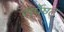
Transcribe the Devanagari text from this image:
सर्पेण्ट